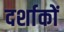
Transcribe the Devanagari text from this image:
दर्शाकों